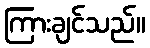
ကြားချင်သည်။